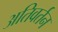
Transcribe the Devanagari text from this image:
अतिवर्तन